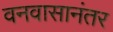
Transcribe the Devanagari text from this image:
वनवासानंतर